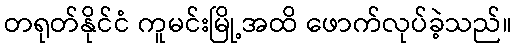
တရုတ်နိုင်ငံ ကူမင်းမြို့အထိ ဖောက်လုပ်ခဲ့သည်။